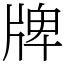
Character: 牌